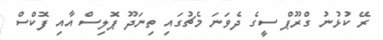
ރޭ ކުޅުނު ގްރޫޕް ސީގެ ދެވަނަ މެޗުގައި ތިނަދޫ ޕޮލިސް އާއި ފޮކްސް